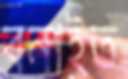
বনাইত